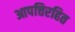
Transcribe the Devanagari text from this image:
आपत्तिरहित